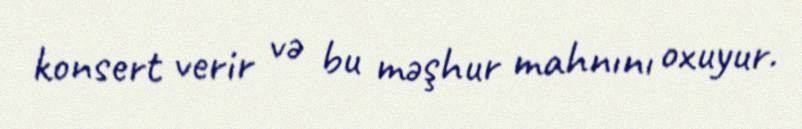
konsert verir və bu məşhur mahnını oxuyur.